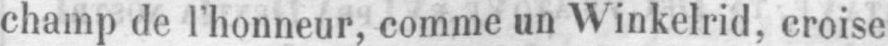
champ de l’honneur, comme un Winkelrid, croise